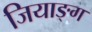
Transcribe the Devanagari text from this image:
जियाङ्ग